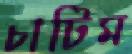
চাটিম